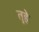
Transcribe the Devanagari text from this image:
तुहे